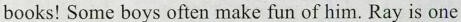
books! Some boys often make fun of him. Ray is one